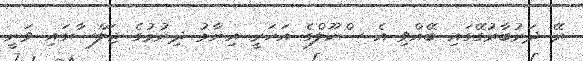
ރޭ ދަރުބާރުގޭގައި ބޭއްވި އެ ސްކޫލްގެ އަހަރީ އިނާމު ދިނުމުގެ ޖަލްސާގައި ވަނީ